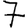
Digit: 7